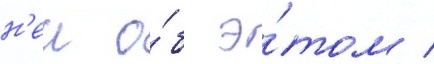
н'еи о́б э́том /